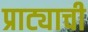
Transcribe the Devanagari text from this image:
प्राट्याची